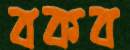
বকব